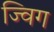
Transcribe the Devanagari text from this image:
ज्विग